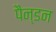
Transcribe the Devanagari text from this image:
पैन्डन